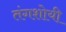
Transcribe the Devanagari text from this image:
तंगशोयी